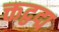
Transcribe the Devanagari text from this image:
क्तद्वद्म